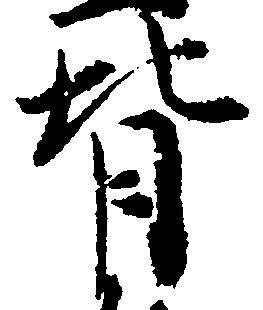
背